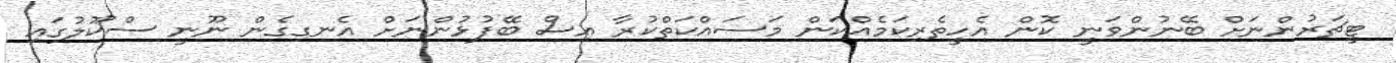
ޓީޗަރުންނަށް ބޭނުންވަނީ ކޮން އެހީތެރިކަމެއްކަން މަސައްކަތްކުރާ އިސް ބޭފުޅުންނަށް އެނގިގެން ނޫނީ ސްކޫލުގައި